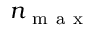
n _ { \mathrm { ~ m ~ a ~ x ~ } }